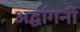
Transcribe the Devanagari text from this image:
अर्द्धांगनी